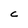
Character: C